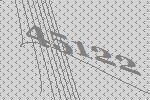
45122